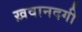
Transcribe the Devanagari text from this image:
ख़वानदगी